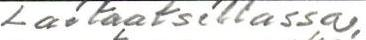
Laitaatsillassa,